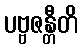
ပဗ္ဗဇန္တီတိ